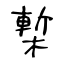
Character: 槧